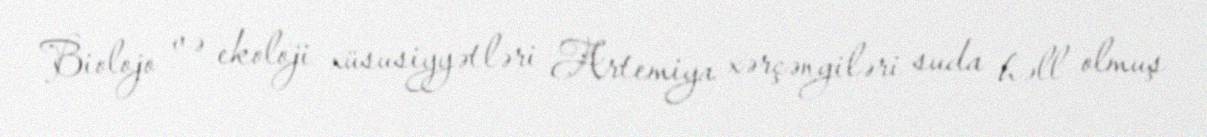
Biolojo və ekoloji xüsusiyyətləri Artemiya xərçəngiləri suda həll olmuş